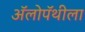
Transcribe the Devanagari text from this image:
अॅलोपॅथीला